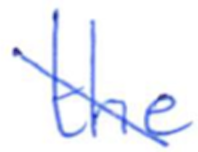
Text: the
Cross-out: diagonal
Writing tool: ballpoint